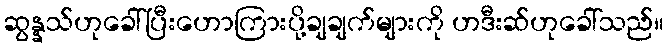
ဆွန္နသ်ဟုခေါ်ပြီးဟောကြားပို့ချချက်များကို ဟဒီးဆ်ဟုခေါ်သည်။